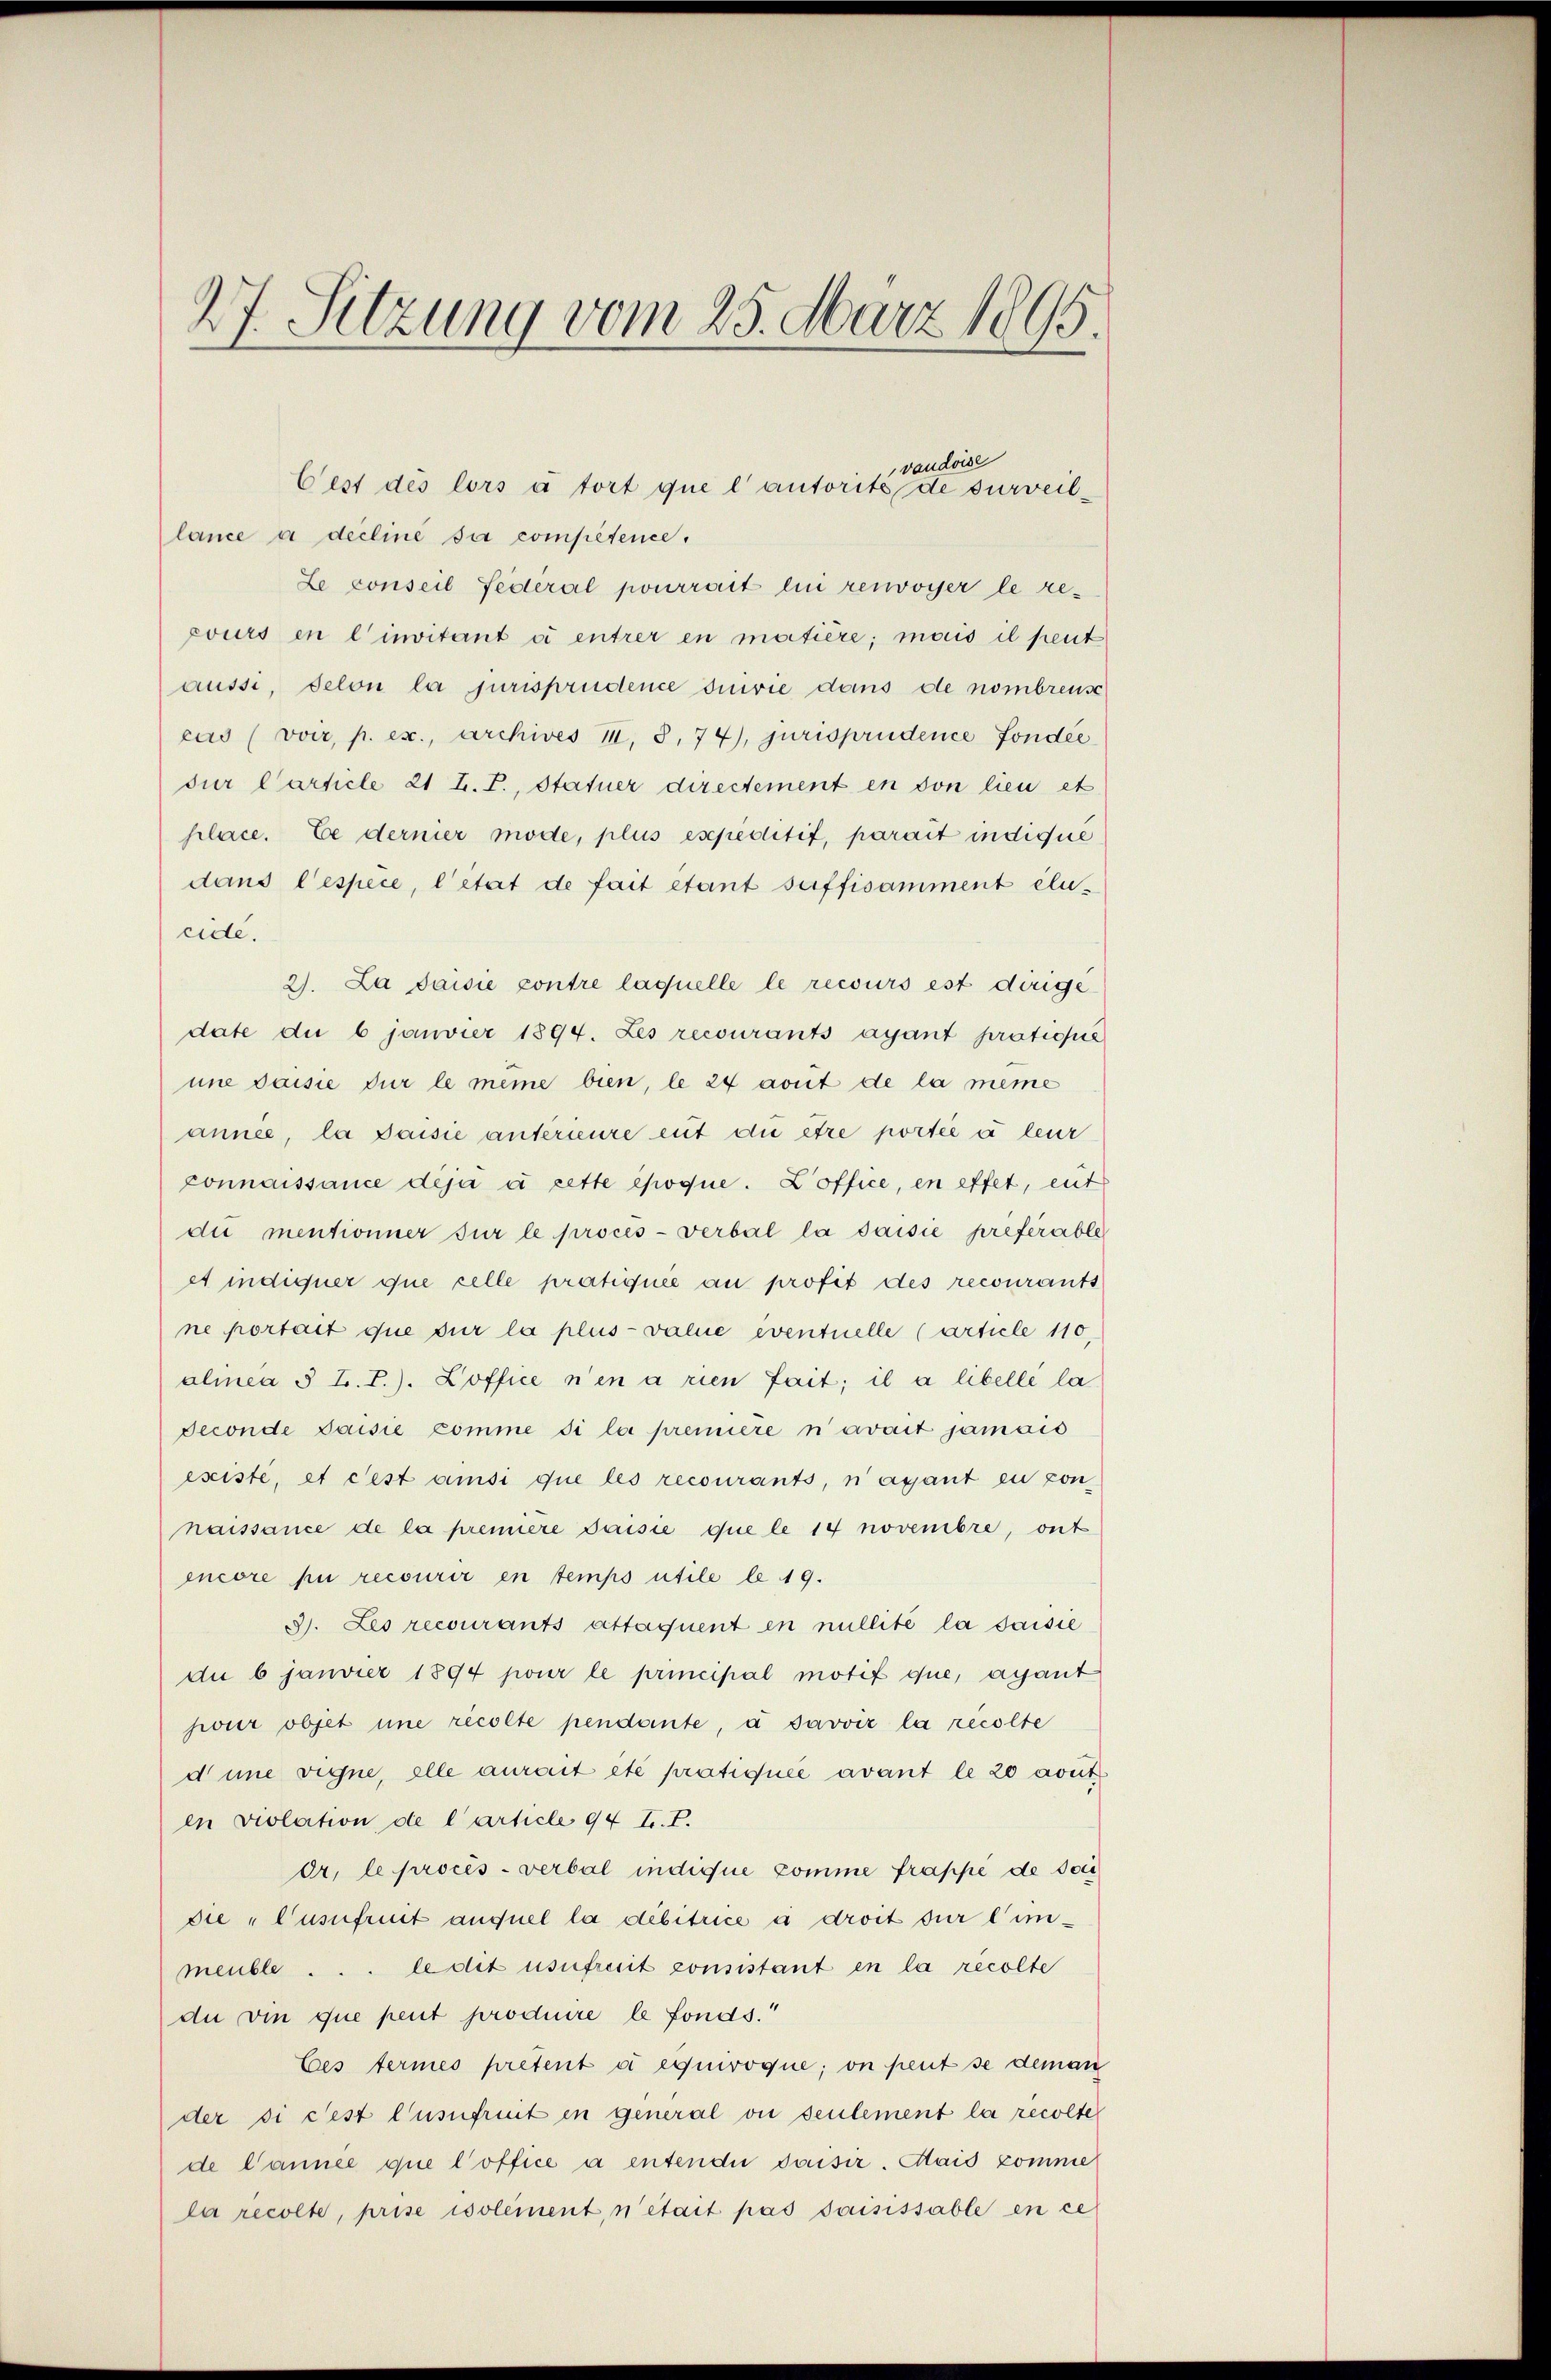
27. Sitzung vom 25. März 1895.
.

vaudoise
lance a derline sur compétence.
Le conseil fédéral pourrait lui renvoyer le recours en linvitant à entrer in matière; mais il peut
aussi, selon la jurisprudence suivie dans de nombreuse
cas (voir, p. ex., Archives II, S. 74), jurisprudence fondée
dür Carticle 21 L. F., Statuer directement en von lieu et
place. Ce dernier mode, plus expeditif, parait indique
dans l’espece, l’état de fait étant suffisamment élecide.
2). La saisie contre laquelle le recours est dirige
date du 6 janvier 1894. Les recourants ayant prationie
une saisie für le même bien, le 24 avut de la meine
année, la paisie antérieure eut die être portée à leur
connaissance deja à cette époque. Zoffice, en effet, ent
die mentionner sur le procès-verbal la saisie préférable
et indiquer que celle pratiquée au profit des recourants
ne portait que sur la plus-value eventuelle (article 110,
alinea § T. T.). Soffice n’en a rien fait; il a libelle la
Seconde saisie komme si la premiere n’avait jamais
existe, et cest ansi que les recourants, n’agant eu con-
naissance de la première saisie que le 14 novembre, ont
encore pu recourir en temps utile le 19.
J. Leo recourants attaquent en nullité la saisie
du 6 janvier 1894 pour le principal motif que, ayant
jour objet une recolte pendante, à savoir la recolte
dine vigne, alle aurait etc pratiquée avant le 20 avut
en violation, de l’article 94 tr. T.
Or, le procès-verbal indique comme frappe de sei
die „Cusufruit anfiel la débitrice à droit für einmeuble ... le dit usufruit consistant en la recolte
du vie que peut produire le fonds.
Ces termes pretent à equivoque; on peut se deman
der si fest l’usufruit in general ou seulement la recolte
de Cannée que l’office a entende saisir. Mais komme
la recolte, prise isolement, n’était pas saisissable en ce

Cest des lors à tort que l’autorits de surveil¬